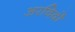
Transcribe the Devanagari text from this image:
अरविदों